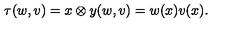
\tau ( w , v ) = { x \otimes y } ( w , v ) = w ( x ) v ( x ) .